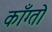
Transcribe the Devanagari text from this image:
काँग्तो